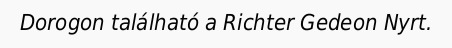
Dorogon található a Richter Gedeon Nyrt.